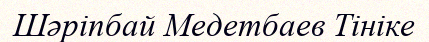
Шәріпбай Медетбаев Тініке